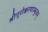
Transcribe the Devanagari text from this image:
श्रीगुरोश्चरणाम्बुजम्